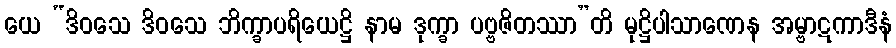
ယေ “ဒိဝသေ ဒိဝသေ ဘိက္ခာပရိယေဋ္ဌိ နာမ ဒုက္ခာ ပဗ္ဗဇိတဿာ”တိ မုဋ္ဌိပါသာဏေန အမ္ဗာဋကာဒီနံ